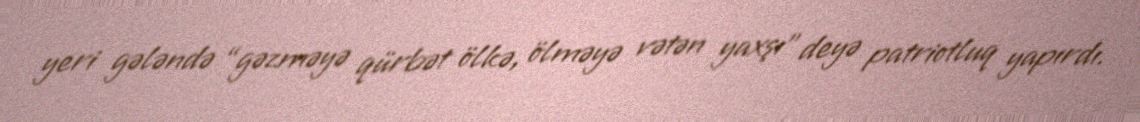
yeri gələndə “gəzməyə qürbət ölkə, ölməyə vətən yaxşı” deyə patriotluq yapırdı.